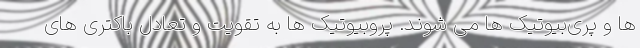
ها و پری‌بیوتیک ها می شوند. پروبیوتیک ها به تقویت و تعادل باکتری های